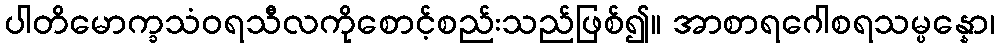
ပါတိမောက္ခသံဝရသီလကိုစောင့်စည်းသည်ဖြစ်၍။ အာစာရဂေါစရသမ္ပန္နော၊